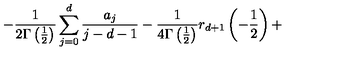
- \frac 1 { 2 \Gamma \left( \frac 1 2 \right) } \sum _ { j = 0 } ^ { d } \frac { a _ { j } } { j - d - 1 } - \frac 1 { 4 \Gamma \left( \frac 1 2 \right) } r _ { d + 1 } \left( - \frac 1 2 \right) +